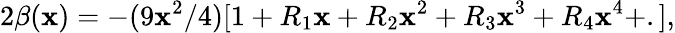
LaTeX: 2\beta(\mathbf{x})=-(9\mathbf{x}^{2}/4)[1+R_{1}\mathbf{x}+R_{2}\mathbf{x}^{2}+R_{3}\mathbf{x}^{3}+R_{4}\mathbf{x}^{4}+.],